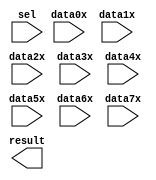
module line_sel_mux (
	data0x,
	data1x,
	data2x,
	data3x,
	data4x,
	data5x,
	data6x,
	data7x,
	sel,
	result);

	input	[39:0]  data0x;
	input	[39:0]  data1x;
	input	[39:0]  data2x;
	input	[39:0]  data3x;
	input	[39:0]  data4x;
	input	[39:0]  data5x;
	input	[39:0]  data6x;
	input	[39:0]  data7x;
	input	[2:0]  sel;
	output	[39:0]  result;

endmodule